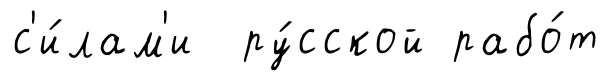
с'и́лам'и ру́сской рабо́т